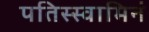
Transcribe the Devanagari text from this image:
पतिस्स्वामिनं